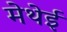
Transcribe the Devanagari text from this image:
मेथेई